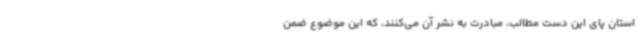
استان پای این دست مطالب، مبادرت به نشر آن می‌کنند، که این موضوع ضمن